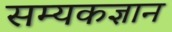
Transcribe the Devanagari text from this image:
सम्यकज्ञान